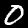
Label: 0